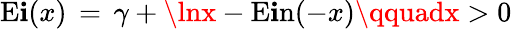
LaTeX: \operatorname{E\mathbf{i}}(x)\, =\, \gamma+\lnx-\operatorname{E\mathbf{i}n}(-x)\qquadx>0